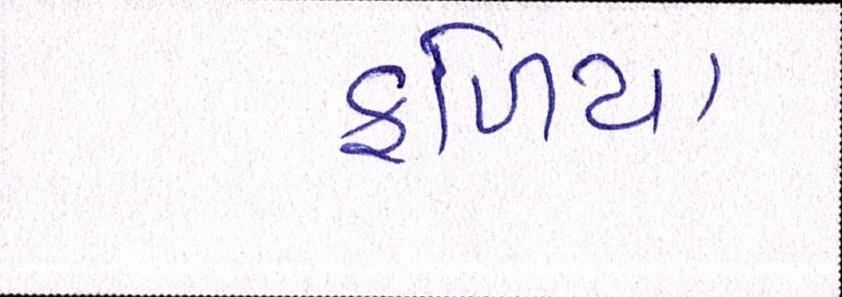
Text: ફળિયા